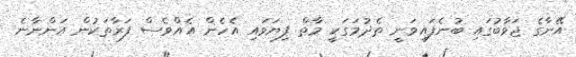
އޭނާގެ ޖަވާބުގައި ބުނެފައިވަނީ ތެދުމަގަކީ މާތް ފިޔަވައި އެހެން އެއްވެސް ފަރާތަކުން އަންނާނެ